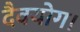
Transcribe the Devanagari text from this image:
दैवयोग।